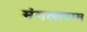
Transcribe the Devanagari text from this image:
मंगलाराम